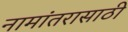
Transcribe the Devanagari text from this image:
नामांतरासाठी